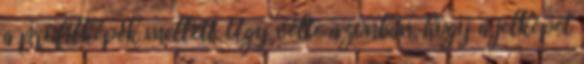
a profilképek mellett. Úgy vélte azonban, hogy a jelképet